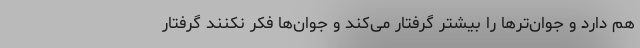
هم دارد و جوان‌تر‌ها را بیشتر گرفتار می‌کند و جوان‌ها فکر نکنند گرفتار